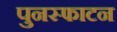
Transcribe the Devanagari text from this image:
पुनस्फाटन